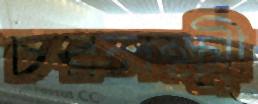
চরলক্ষ্মী